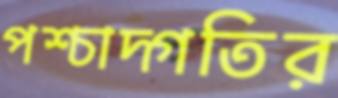
পশ্চাদ্গতির